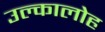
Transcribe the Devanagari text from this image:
उल्कालोह